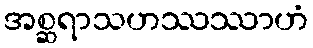
အစ္ဆရာသဟဿဿာဟံ